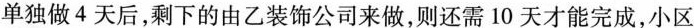
单独做4天后，剩下的由乙装饰公司来做，则还需10天才能完成，小区